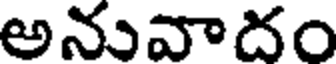
అనువాదం